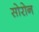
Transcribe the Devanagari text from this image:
सोरोन